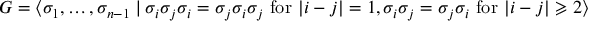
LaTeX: G = \langle \sigma _ { 1 } , \ldots , \sigma _ { n - 1 } \mid \sigma _ { i } \sigma _ { j } \sigma _ { i } = \sigma _ { j } \sigma _ { i } \sigma _ { j } { \mathrm { ~ f o r ~ } } \vert i - j \vert = 1 , \sigma _ { i } \sigma _ { j } = \sigma _ { j } \sigma _ { i } { \mathrm { ~ f o r ~ } } \vert i - j \vert \geqslant 2 \rangle